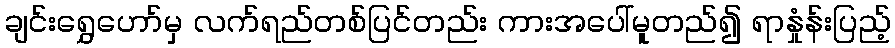
ချင်းရွှေဟော်မှ လက်ရည်တစ်ပြင်တည်း ကားအပေါ်မူတည်၍ ရာနှုံန်းပြည့်